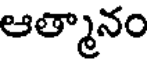
ఆత్మానం